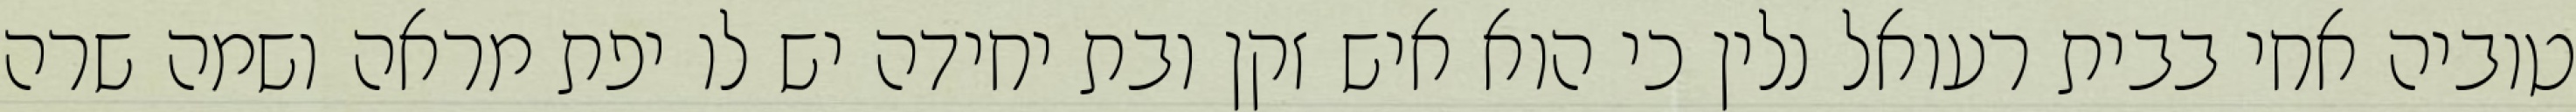
טוביה אחי בבית רעואל נלין כי הוא איש זקן ובת יחידה יש לו יפת מראה ושמה שרה